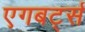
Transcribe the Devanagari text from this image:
एगबर्ट्स